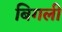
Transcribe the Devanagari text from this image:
बिगली